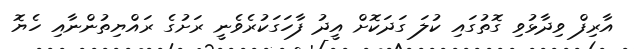
އާރިފް ވިދާޅުވި ގޮތުގައި ކުލަ ގަދަކޮށް އީދު ފާހަގަކުރެވެނީ ރަށުގެ ރައްޔިތުންނާއި ހެޔޮ